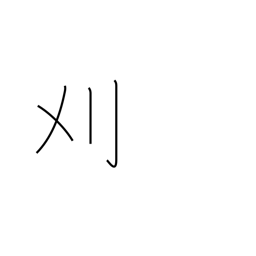
Meaning: cut